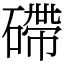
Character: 𥕧